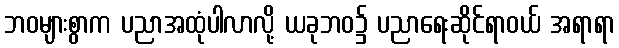
ဘဝများစွာက ပညာအထုံပါလာလို့ ယခုဘဝ၌ ပညာရေးဆိုင်ရာဝယ် အရာရာ